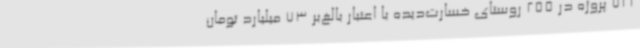
721 پروژه در 255 روستای خسارت‌دیده با اعتبار بالغ‌بر 73 میلیارد تومان